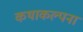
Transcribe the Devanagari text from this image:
कथाकल्पना